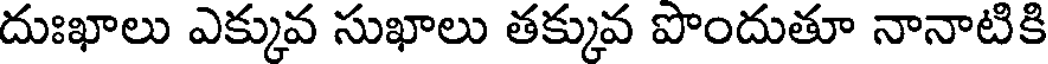
దుఃఖాలు ఎక్కువ సుఖాలు తక్కువ పొందుతూ నానాటికి